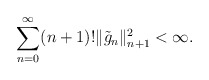
\begin{align*}\sum_{n=0}^\infty (n+1)! \|\tilde{g}_n\|_{n+1}^2<\infty.\end{align*}